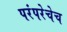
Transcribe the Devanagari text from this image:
परंपरेचेच